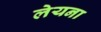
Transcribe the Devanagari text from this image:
लेयना